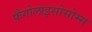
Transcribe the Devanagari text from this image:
फ़ैगोलाइसोसोम्स